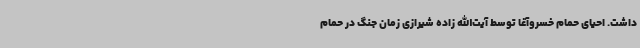
داشت. احیای حمام خسروآغا توسط آیت‌الله زاده شیرازی زمان جنگ در حمام